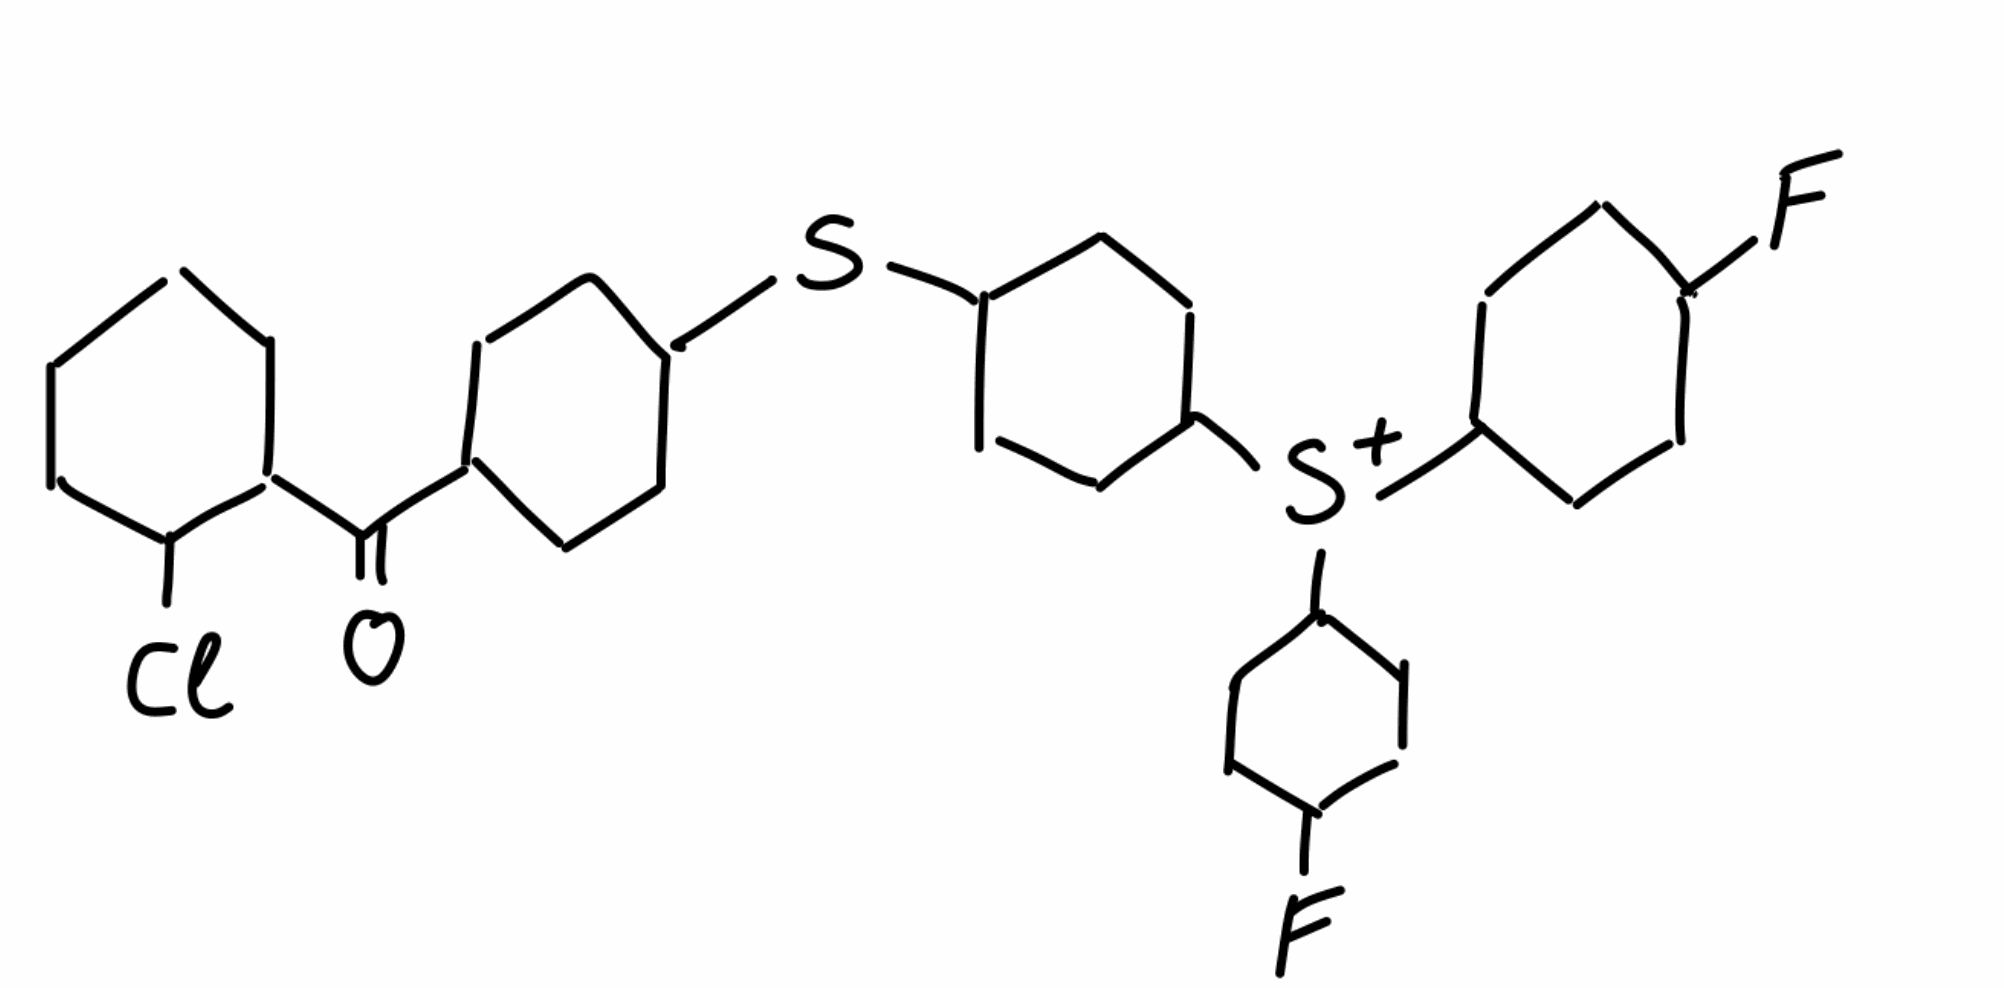
Simplified molecular-input line-entry system (SMILES) notation of the given molecule:
C1CCC(C(C1)C(=O)C2CCC(CC2)SC3CCC(CC3)[S+](C4CCC(CC4)F)C5CCC(CC5)F)Cl